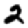
Digit: 2